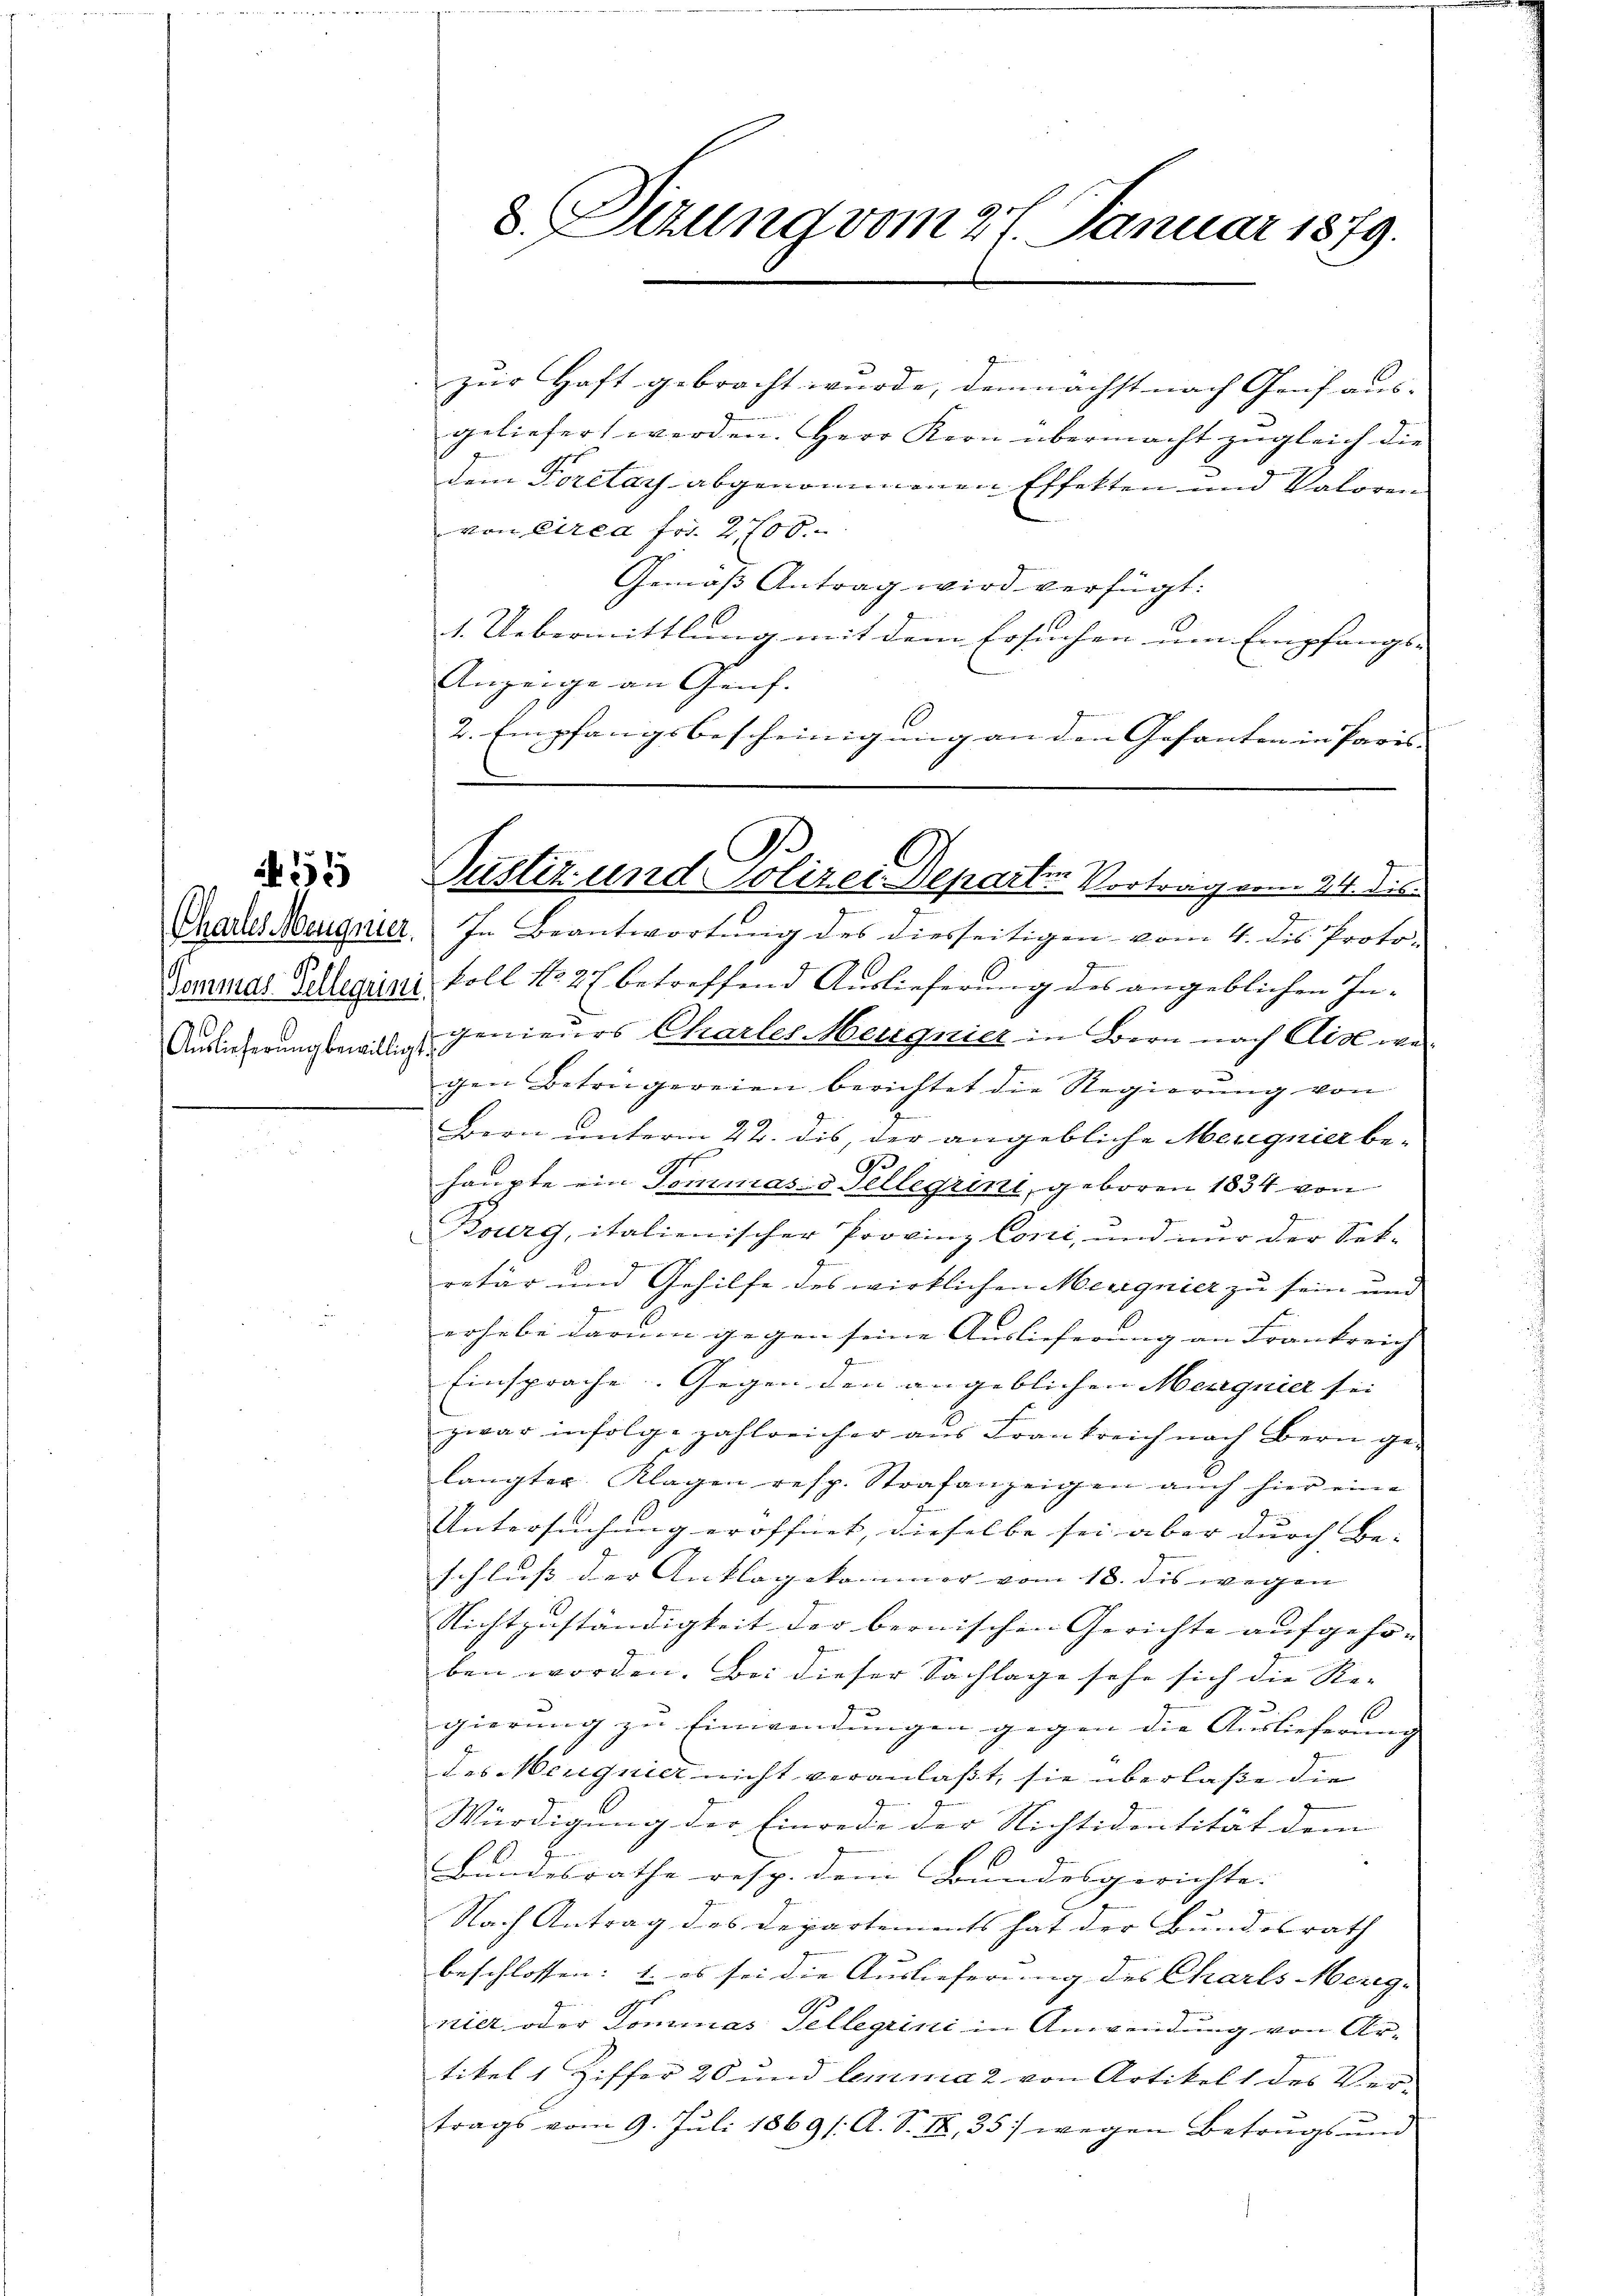
Auslieferung bewilligt

55

zur Haft gebracht wurde, demnächst nach Genf aus- |
n
geliefert werden. Herr Kern übermacht zugleich die
dem Forelay abgenommenen Effekten und Valoren
von circa Fr. 2700.
Gemäss Antrag wird verfügt:
1. Uebermittlung mit dem Ersuchen um Empfangs-
Anzeige an Genf.
2. Empfangsbescheinigung an den Gesanten in Paris-

8. Situng vom 27. Januar 1879.

73
2
Pustiz und Polizei Departin Vortrag vom 24. dis

Thares Neugnier. In Beantwortung des diesseitigen vom 4. des Proto-
Tominar Zellerini, Soll No 2 x betreffend Auslieferung des angeblichen Ingenieurs Charles Meignier in Bern nach Ais war
gen Betrügereien berichtet die Regierung von
Bern unterm 22. dis, der angebliche Meignier be¬
3.
haupte ein Tommasis Tellergrini, geboren 1834 von
1
Bourg, italienischer Provinz Coni, und nur der Sek-
retär und Gehilfe des wirklichen Meugnier zu sein und
erhabe darum gegen seine Auslieferung an Frankreich |
Einsprache. Gegen den angeblichen Meignier sei
zwar infolge zahlreicher aus Frankreich nach Bern ge¬
2
langter Klagen resp. Strafanzeigen auch hier eine
Untersuchung eröffnet, dieselbe sei aber durch Be- |
schluss der Anklagekommer vom 18. des wegen
Nichtzuständigkeit der bernischen Gerichte aufgehöben worden. Bei dieser Sachlage sehe sich die Re-
1
gierung zu Einwendungen gegen die Auslieferung |
des Neuignier nicht veranlaßt, sie überlaße die
Würdigung der Einrede der Nichtidentität dem
bandesrathe resp. dem Bundesgerichte.
Nach Antrag des Departements hat der Bundesrath
a
beschlossen: 1. es sei die Auslieferung des Charls Merig-
nier oder Dominas Tellegrini in Anwendung von Ar-
tikel 1 Ziffer 20 und lemma 2 von Artikel 1 des Vertrags vom 9. Juli 1869 /A. S. IX, 35) wegen Betrugs und